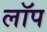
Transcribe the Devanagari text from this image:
लॉप